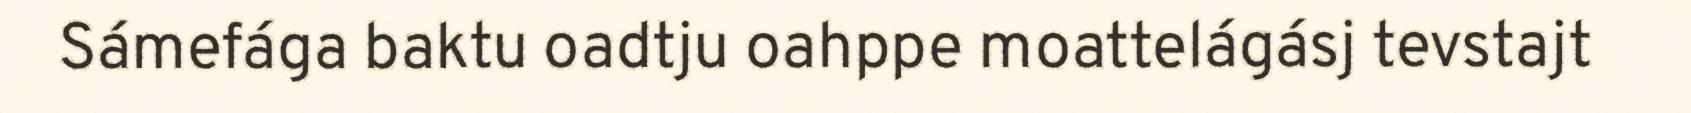
Sámefága baktu oadtju oahppe moattelágásj tevstajt